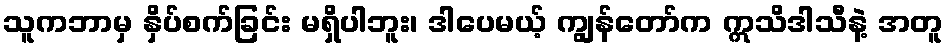
သူကဘာမှ နှိပ်စက်ခြင်း မရှိပါဘူး၊ ဒါပေမယ့် ကျွန်တော်က ဣသိဒါသီနဲ့ အတူ